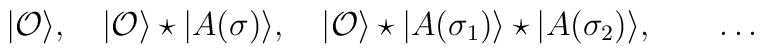
|{\cal O}\rangle,~~~|{\cal O}\rangle \star |A(\sigma)\rangle ,~~~|{\cal O}\rangle \star |A(\sigma_1)\rangle\star |A(\sigma_2)\rangle ,\qquad \dots